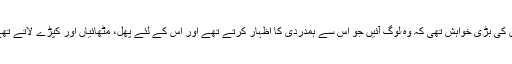
اس کی بڑی خواہش تھی کہ وہ لوگ آئیں جو اس سے ہمدردی کا اظہار کرتے تھے اور اس کے لئے پھل، مٹھائیاں اور کپڑے لاتے تھے۔